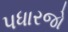
પધારજો